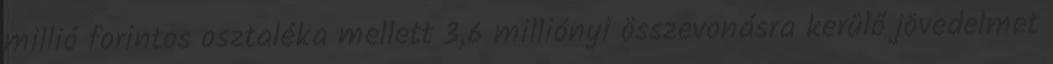
millió forintos osztaléka mellett 3,6 milliónyi összevonásra kerülő jövedelmet